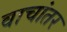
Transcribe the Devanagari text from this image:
वाचांतर